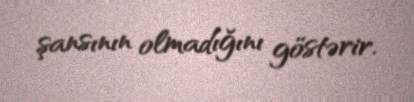
şansının olmadığını göstərir.